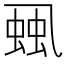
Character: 𧋜